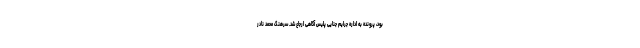
بود، پرونده به اداره جرایم جنایی پلیس آگاهی ارجاع شد. سرهنگ محمد نادر